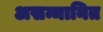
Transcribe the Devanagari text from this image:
असम्मानित